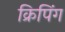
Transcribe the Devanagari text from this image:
क्रिपिंग